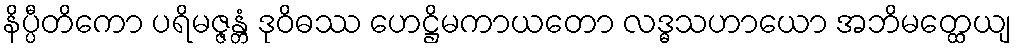
နိပ္ပီတိကော ပရိမဇ္ဇန္တံ ဒုဝိဓဿ ဟေဋ္ဌိမကာယတော လဒ္ဓသဟာယော အဘိမတ္ထေယျ